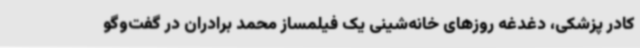
کادر پزشکی، دغدغه روزهای خانه‌شینی یک فیلمساز محمد برادران در گفت‌وگو